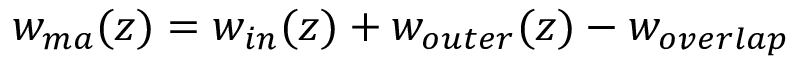
w _ { m a } ( z ) = w _ { i n } ( z ) + w _ { o u t e r } ( z ) - w _ { o v e r l a p }